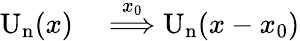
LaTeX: \begin{array}{rl}{\mathrm{U_{n}}(x)}&{{}\overset{x_{0}}{\Longrightarrow}\mathrm{U_{n}}(x-x_{0})}\end{array}